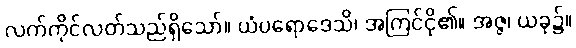
လက်ကိုင်လတ်သည်ရှိသော်။ ယံပရောဒေသိ၊ အကြင်ငို၏။ အဇ္ဇ၊ ယခု၌။